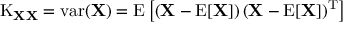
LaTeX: \operatorname { K } _ { \mathbf { X } \mathbf { X } } = \operatorname { v a r } ( \mathbf { X } ) = \operatorname { E } \left[ \left( \mathbf { X } - \operatorname { E } [ \mathbf { X } ] \right) \left( \mathbf { X } - \operatorname { E } [ \mathbf { X } ] \right) ^ { \mathrm { { T } } } \right]